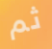
ثم